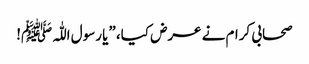
صحابی کرام نے عرض کیا، ”یا رسول اللّٰہﷺ!